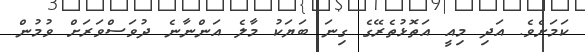
ކަމަށެވެ. އަދި މިއީ އަތޮޅުތެރޭގެ ގިނަ ބަޔަކު މާލެ އަންނާނެ ދުވަސްވަރަށް ވުމުން